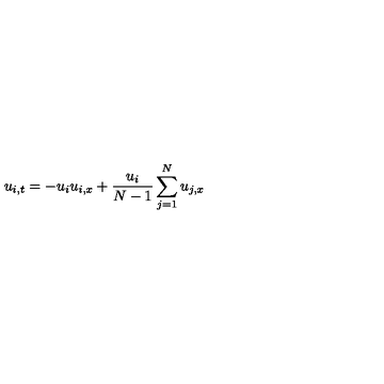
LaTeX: u _ { i , t } = - u _ { i } u _ { i , x } + { \frac { u _ { i } } { N - 1 } } \sum _ { j = 1 } ^ { N } u _ { j , x }